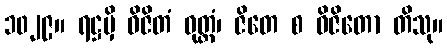
၁၀၂၉။ ရဋ္ဌမှိ ဝိဇိတံ ဝုတ္တံ၊ ဇိတေ စ ဝိဇိတော တိသု။